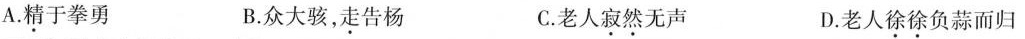
A.\underline精于拳勇 B.众大骇，\underline走告杨 C.老人\underline寂然无声 D.老人\underline徐徐负蒜而归